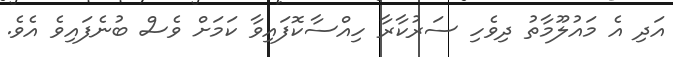
އަދި އެ މައުލޫމާތު ދިވެހި ސަރުކާރާ ހިއްސާކޮފައިވާ ކަމަށް ވެސް ބުނެފައިވެ އެވެ.